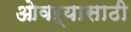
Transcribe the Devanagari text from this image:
ओवऱ्यासाठी